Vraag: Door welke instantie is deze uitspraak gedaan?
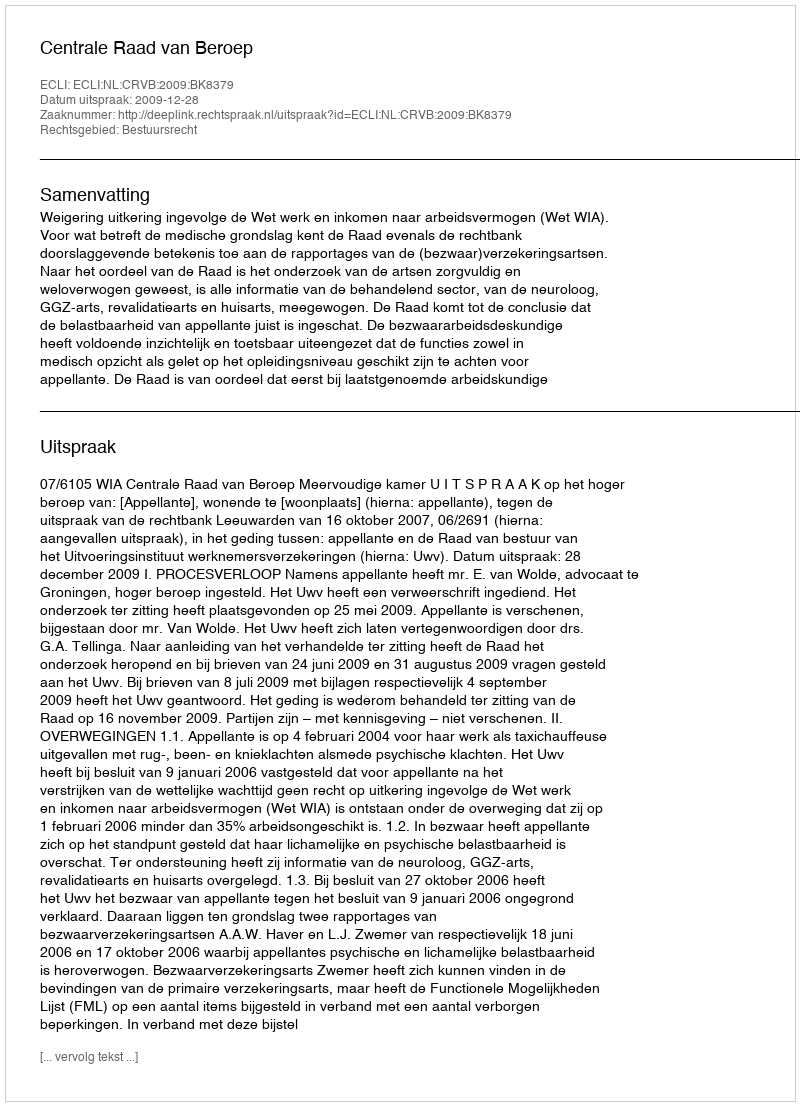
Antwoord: Centrale Raad van Beroep